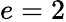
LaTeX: e=2